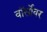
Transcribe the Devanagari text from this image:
वॉर्सोवर